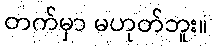
တက်မှာ မဟုတ်ဘူး။